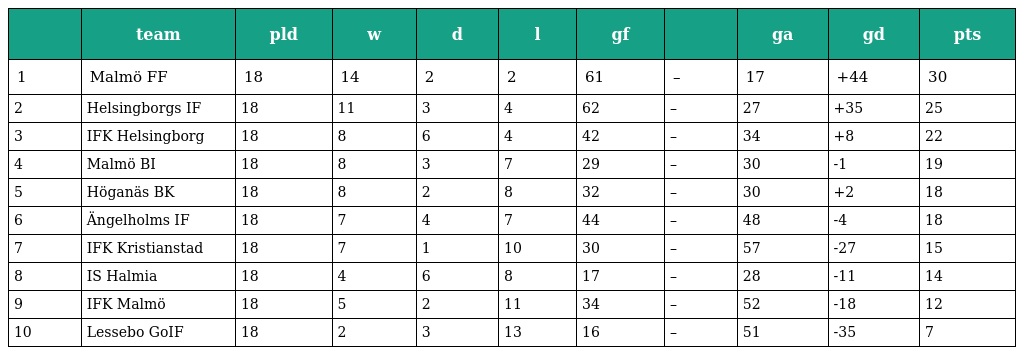
|  | team | pld | w | d | l | gf |  | ga | gd | pts |
 | --- | --- | --- | --- | --- | --- | --- | --- | --- | --- | --- |
 | 1 | Malmö FF | 18 | 14 | 2 | 2 | 61 | – | 17 | +44 | 30 |
 | 2 | Helsingborgs IF | 18 | 11 | 3 | 4 | 62 | – | 27 | +35 | 25 |
 | 3 | IFK Helsingborg | 18 | 8 | 6 | 4 | 42 | – | 34 | +8 | 22 |
 | 4 | Malmö BI | 18 | 8 | 3 | 7 | 29 | – | 30 | -1 | 19 |
 | 5 | Höganäs BK | 18 | 8 | 2 | 8 | 32 | – | 30 | +2 | 18 |
 | 6 | Ängelholms IF | 18 | 7 | 4 | 7 | 44 | – | 48 | -4 | 18 |
 | 7 | IFK Kristianstad | 18 | 7 | 1 | 10 | 30 | – | 57 | -27 | 15 |
 | 8 | IS Halmia | 18 | 4 | 6 | 8 | 17 | – | 28 | -11 | 14 |
 | 9 | IFK Malmö | 18 | 5 | 2 | 11 | 34 | – | 52 | -18 | 12 |
 | 10 | Lessebo GoIF | 18 | 2 | 3 | 13 | 16 | – | 51 | -35 | 7 |